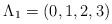
LaTeX: \begin{align*}\Lambda_1 = (0,1,2,3)\end{align*}